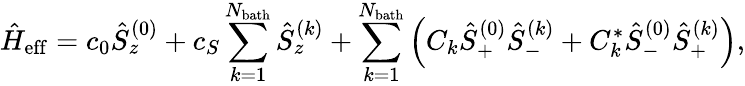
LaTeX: \hat{H}_{\mathrm{eff}}=c_{0}\hat{S}_{z}^{(0)}+c_{S}\sum_{k=1}^{N_{\mathrm{bath}}}\hat{S}_{z}^{(k)}+\sum_{k=1}^{N_{\mathrm{bath}}}\left(C_{k}\hat{S}_{+}^{(0)}\hat{S}_{-}^{(k)}+C_{k}^{*}\hat{S}_{-}^{(0)}\hat{S}_{+}^{(k)}\right),